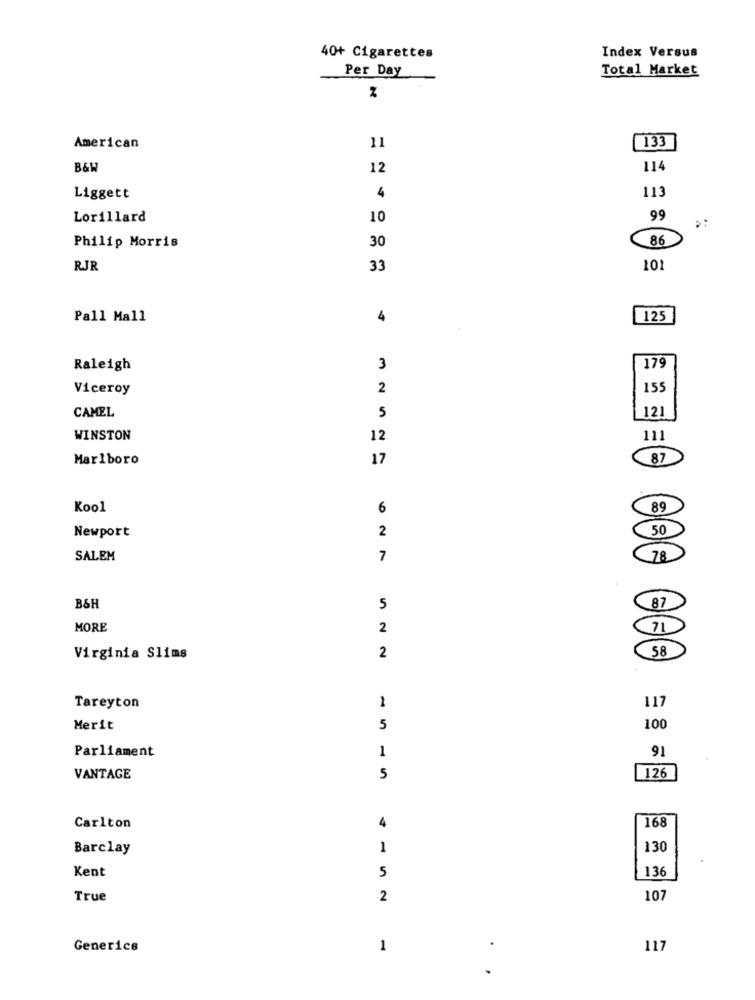
Index Versus
40+ Cigarettes
Per Day
Total Market
American
11
133
B&W
12
114
Liggett
4
113
Lorillard
10
99
86
Philip Morris
30
RJR
33
101
Pall Mall
4
125
179
Raleigh
3
Viceroy
2
155
CAMEL
121
5
WINSTON
12
111
Marlboro
17
87
Kool
6
89
Newport
2
50
SALEM
7
78
B&H
5
87
MORE
2
58
Virginia Slims
2
1
117
Tareyton
Merit
5
100
Parliament
1
91
VANTAGE
5
126
4
168
Carlton
Barclay
1
130
Kent
5
136
True
2
107
Generics
1
117